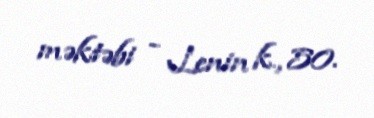
məktəbi - Lenin k., 50.